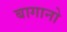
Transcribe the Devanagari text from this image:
बागानो